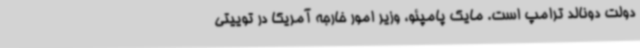
دولت دونالد ترامپ است. مایک پامپئو، وزیر امور خارجه آمریکا در توییتی